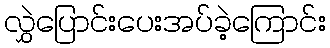
လွှဲပြောင်းပေးအပ်ခဲ့ကြောင်း